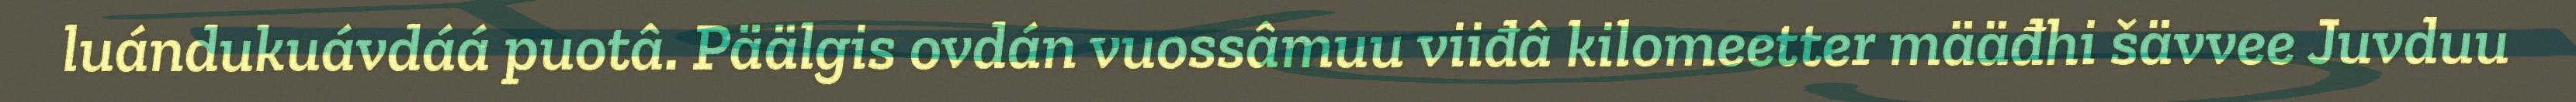
luándukuávdáá puotâ. Päälgis ovdán vuossâmuu viiđâ kilomeetter määđhi šävvee Juvduu